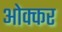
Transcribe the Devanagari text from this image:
ओक्कर